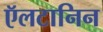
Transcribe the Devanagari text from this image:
ऍलटानिन